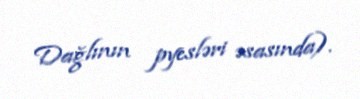
Dağlının pyesləri əsasında).